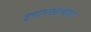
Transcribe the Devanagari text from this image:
इमामखानाचा